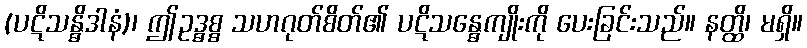
(ပဋိသန္ဓိဒါနံ)၊ ဤဥဒ္ဓစ္စ သဟဂုတ်စိတ်၏ ပဋိသန္ဓေကျိုးကို ပေးခြင်းသည်။ နတ္ထိ၊ မရှိ။